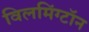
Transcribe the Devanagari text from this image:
विलमिंग्टॉन